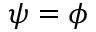
\psi = \phi